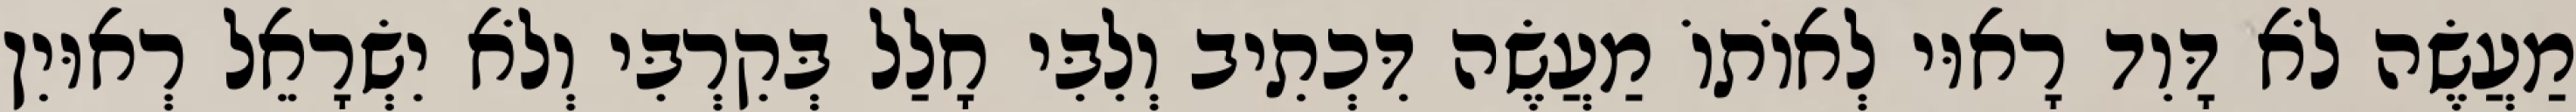
מַעֲשֶׂה לֹא דָּוִד רָאוּי לְאוֹתוֹ מַעֲשֶׂה דִּכְתִיב וְלִבִּי חָלַל בְּקִרְבִּי וְלֹא יִשְׂרָאֵל רְאוּיִן